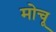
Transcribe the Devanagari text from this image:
मोचू